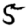
Digit: 5